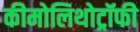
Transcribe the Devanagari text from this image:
कीमोलिथोट्रॉफी